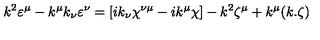
k ^ { 2 } \varepsilon ^ { \mu } - k ^ { \mu } k _ { \nu } \varepsilon ^ { \nu } = [ i k _ { \nu } \chi ^ { \nu \mu } - i k ^ { \mu } \chi ] - k ^ { 2 } \zeta ^ { \mu } + k ^ { \mu } ( k . \zeta )